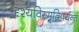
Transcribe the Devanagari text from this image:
दृश्यविस्मृतिपर्यन्तं